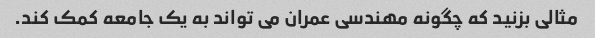
مثالی بزنید که چگونه مهندسی عمران می تواند به یک جامعه کمک کند.